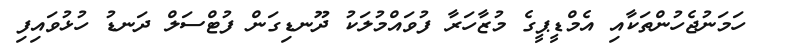
ހަމަނުޖެހުންތަކާއި އެމްޑީޕީގެ މުޒާހަރާ ފުވައްމުލަކު ދޫނޑިގަން ފުޓްސަލް ދަނޑު ހުޅުވައިފި